Vaccination in Burma 1889-1999 - 1889-1999
Year: 1889
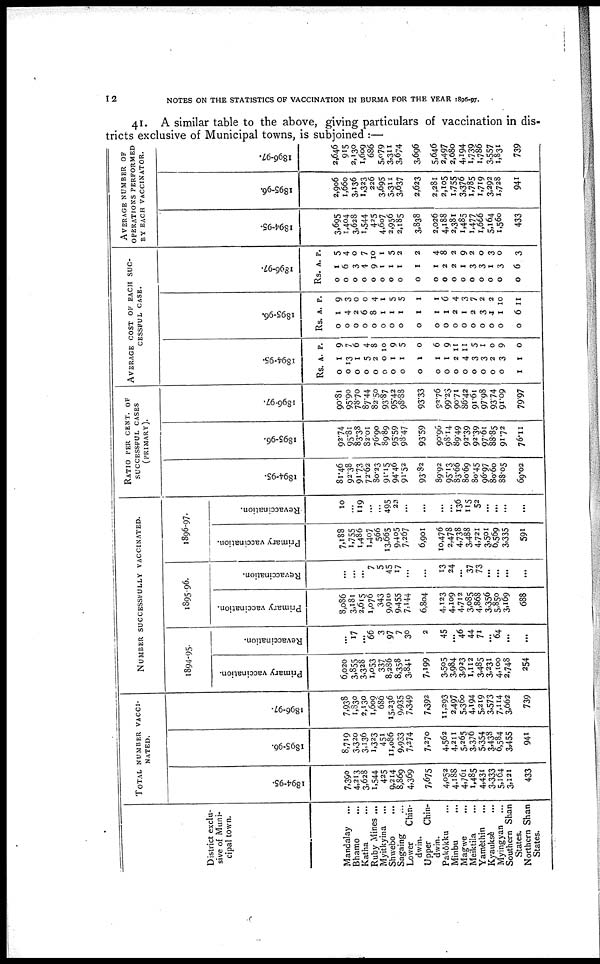
12
NOTES ON THE STATISTICS OF VACCINATION IN BURMA FOR THE YEAR 1896-97.
41. A similar table to the above, giving particulars of vaccination in dis-
tricts exclusive of Municipal towns, is subjoined :—
District exclu-
sive of Muni-
cipal town.
Mandalay
...
Bhamo ...
Katha ...
Ruby Mines ...
Myitkyina ...
Shwebo
...
Sagaing ...
Lower
Chin¬
dwin.
Upper
Chin¬
dwin.
Pakôkku ...
Minbu
...
Magwe
...
Meiktila ...
Yamèthin ...
Kyauksè ...
Myingyan ...
Southern Shan
States.
Northern Shan
States.
TOTAL NUMBER VACCI-
NATED.
1894-95.
7,390
4,213
3,628
1,544
425
9,214
8,869
4,369
7,675
4,052
4,188
4,761
1,485
4,431
3,333
5,164
3,121
433
1895-96.
8,719
3,320
3,136
1,323
451
11,086
9,933
7,274
7,270
4,562
4,211
5,265
3,376
5,354
3,438
6,584
3,455
941
1896-97.
7,938
1,830
2,130
1,609
686
15,236
9,935
7,349
7,392
11,293
2,497
5,360
4,194
5,219
3,573
7,114
3,662
739
NUMBER SUCCESSFULLY VACCINATED.
1894-95.
Primary vaccination.
6,020
3,855
3,328
1,053
337
8,286
8,358
3,841
7,199
3,505
3,984
3,923
1,112
3,485
3,231
4,100
2,748
254
Revaccination.
...
17
...
66
3
97
7
30
2
45
...
46
44
71
...
64
...
...
1895-96.
Primary vaccination.
8,086
3,181
2,615
1,076
343
9,910
9,455
7,144
6,804
4,123
4,109
4,712
3,085
4,868
3,356
5,850
3,169
688
Revaccination.
...
...
...
7
5
45
17
...
...
13
24
...
37
73
...
...
...
...
1896-97.
Primary vaccination.
7,188
1,755
1,486
1,407
566
13,665
9,405
7,267
6,901
10,476
2,478
4,738
3.488
4,721
3,501
6,569
3,335
591
Revaccination.
10
...
119
...
...
495
23
...
...
...
...
136
115
52
...
...
...
...
RATIO PER CENT. OF
SUCCESSFUL CASES
(PRIMARY).
1894-95.
81.46
92.38
91.73
72.62
80.23
91.15
94.46
91.52
93.82
89.92
95.13
83.66
80.69
80.45
96.97
80.60
88.05
69.02
1895-96.
92.74
95.81
83.38
82.01
76.90
89.89
95.59
98.47
93.59
90.96
98.14
89.49
92.39
92.39
97.61
88.85
91.72
76.11
1896-97.
90.81
95.90
78.70
87.44
82.50
93.87
95.42
98.88
93.33
92.76
99.23
90.71
86.42
91.61
97.98
93.74
91.09
79.97
AVERAGE COST OF EACH SUC-
CESSFUL CASE.
1894-95.
Rs.
0
0
0
0
0
0
0
0
0
0
0
0
0
0
0
0
0
1
A.
1
13
1
5
2
0
1
1
1
1
1
2
4
3
3
2
3
1
P.
9
7
6
4
8
10
9
5
0
6
9
11
11
5
1
0
9
0
1895-96.
Rs.
0
0
0
0
0
0
0
0
0
0
0
0
0
0
0
0
0
0
A.
1
4
2
6
8
1
1
1
1
1
1
2
1
2
3
1
1
6
P.
9
3
0
0
4
1
5
5
1
1
6
4
3
7
2
2
10
11
1896-97.
Rs.
0
0
0
0
0
0
0
0
0
0
0
0
0
0
0
0
0
0
A.
1
6
3
4
9
1
1
1
1
1
2
2
1
3
3
1
3
6
P.
5
4
0
7
10
1
5
2
2
4
8
2
9
2
0
3
0
3
AVERAGE NUMBER OF
OPERATIONS PERFORMED
BY EACH VACCINATOR.
1894-95.
3,695
1,404
3,628
1,544
425
4,607
2,956
2,185
3,838
2,026
4,188
2,381
1,485
1,477
1,666
5,164
1,560
433
1895-96.
2,906
1,660
3,136
1,323
226
3,695
3,311
3,637
2,623
2,281
2,105
1,755
3,376
1,785
1,719
3,292
1,728
941
1896-97.
2,646
915
2,130
1,609
686
5,079
3,311
3,674
3,696
5,646
2,497
2,680
4,194
1,739
1,786
3,557
1,831
739